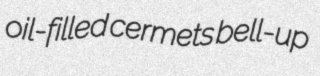
oil-filled cermets bell-up